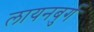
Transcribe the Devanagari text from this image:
लायनबुर्ग